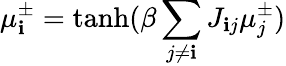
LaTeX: \mu_{\mathbf{i}}^{\pm}=\operatorname{tanh}(\beta\sum_{j\neq\mathbf{i}}J_{\mathbf{i}j}\mu_{j}^{\pm})